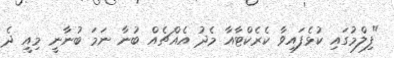
"ފިލްމުގައި ކުޅެފައިވާ ކެރެކްޓާއާ މެދު އެއްޗެއް ބުނާ ނަމަ ބުނާނީ މިއީ ދެ